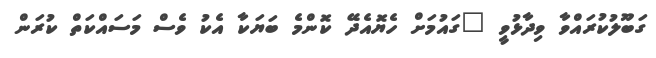
ގަބޫލުކުރައްވާ ވިދާޅުވީ "ގައުމަށް ހެޔޮއެދޭ ކޮންމެ ބަޔަކާ އެކު ވެސް މަސައްކަތް ކުރަން